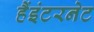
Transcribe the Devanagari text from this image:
हैंइंटरनेट